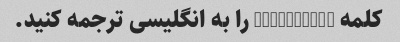
کلمه "batesada" را به انگلیسی ترجمه کنید.